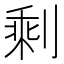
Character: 剩